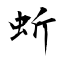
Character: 蚚